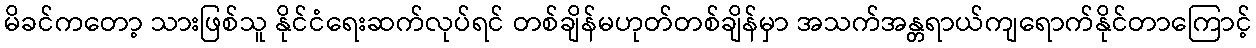
မိခင်ကတော့ သားဖြစ်သူ နိုင်ငံရေးဆက်လုပ်ရင် တစ်ချိန်မဟုတ်တစ်ချိန်မှာ အသက်အန္တရာယ်ကျရောက်နိုင်တာကြောင့်